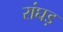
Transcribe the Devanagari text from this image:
रांघड़